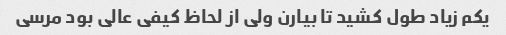
یکم زیاد طول کشید تا بیارن ولی از لحاظ کیفی عالی بود مرسی